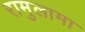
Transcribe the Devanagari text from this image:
रामुलामा